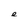
Character: e